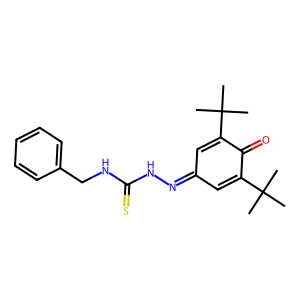
SMILES: CC(C)(C)C1=CC(=NNC(=S)NCc2ccccc2)C=C(C(C)(C)C)C1=O
Inhibits HIV replication: No